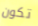
تكون